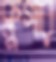
ক্লুগার